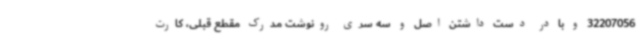
32207056 و با در دست داشتن اصل و سه سری رونوشت مدرک مقطع قبلی، کارت